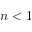
n < 1